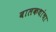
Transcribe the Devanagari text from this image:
बालकथांचा